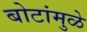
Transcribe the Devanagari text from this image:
बोटांमुळे